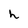
Character: k